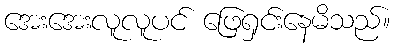
အေးအေးလူလူပင် ဖြေရှင်းနေမိသည်။